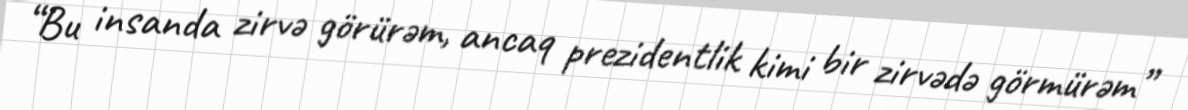
“Bu insanda zirvə görürəm, ancaq prezidentlik kimi bir zirvədə görmürəm”